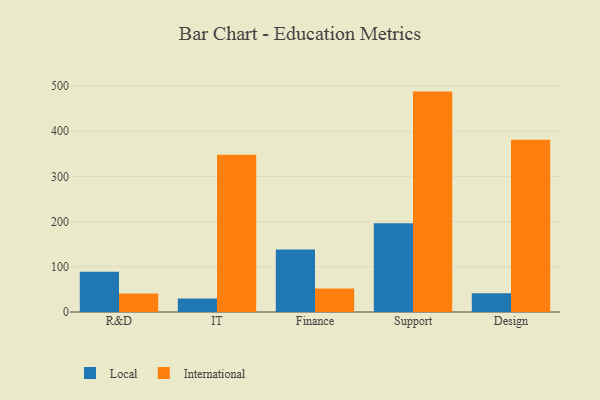
{"axis": {"x": "Department", "y": "Demand Index"}, "legend": ["International", "Local"], "data": [{"x": "R&D", "y": 89.1, "type": "Local"}, {"x": "R&D", "y": 40.9, "type": "International"}, {"x": "IT", "y": 30.0, "type": "Local"}, {"x": "IT", "y": 348.0, "type": "International"}, {"x": "Finance", "y": 138.4, "type": "Local"}, {"x": "Finance", "y": 52.0, "type": "International"}, {"x": "Support", "y": 196.1, "type": "Local"}, {"x": "Support", "y": 487.5, "type": "International"}, {"x": "Design", "y": 41.7, "type": "Local"}, {"x": "Design", "y": 380.9, "type": "International"}]}